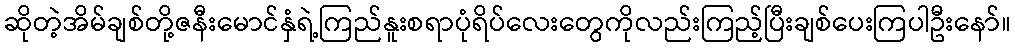
ဆိုတဲ့အိမ်ချစ်တို့ဇနီးမောင်နှံရဲ့ကြည်နူးစရာပုံရိပ်လေးတွေကိုလည်းကြည့်ပြီးချစ်ပေးကြပါဦးနော်။